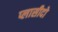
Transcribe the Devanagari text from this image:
प्लासीदो